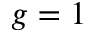
g = 1